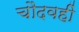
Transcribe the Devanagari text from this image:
चौदवहीं